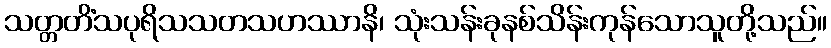
သတ္တတိံသပုရိသသတသဟဿာနိ၊ သုံးသန်းခုနစ်သိန်းကုန်သောသူတို့သည်။